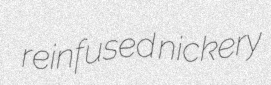
reinfused nickery